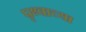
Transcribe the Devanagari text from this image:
पृथ्वाच्या